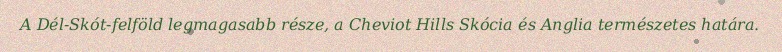
A Dél-Skót-felföld legmagasabb része, a Cheviot Hills Skócia és Anglia természetes határa.